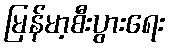
မြန်မာ့စီးပွားရေး